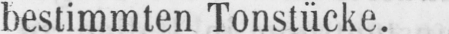
bestimmten Tonstücke.